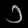
Digit: ၁